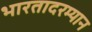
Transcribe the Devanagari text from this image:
भारतादरम्यान